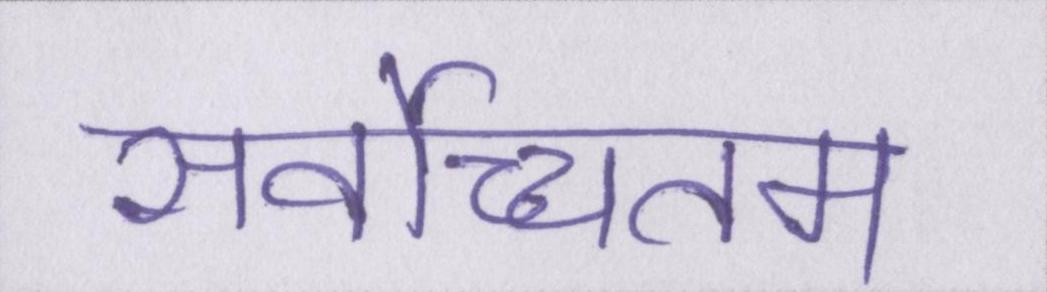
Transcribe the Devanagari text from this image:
सर्वोच्चतम